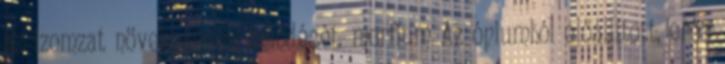
az izomzat növekedését, fejlődését. morfium Az ópiumból előállított, erős